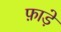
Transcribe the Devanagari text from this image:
फ़ाड़े